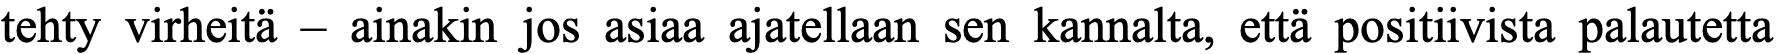
tehty virheitä – ainakin jos asiaa ajatellaan sen kannalta, että positiivista palautetta